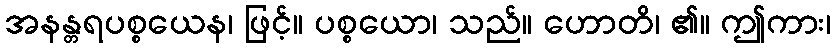
အနန္တရပစ္စယေန၊ ဖြင့်။ ပစ္စယော၊ သည်။ ဟောတိ၊ ၏။ ဤကား၊